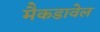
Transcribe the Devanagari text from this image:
मैकडावेल